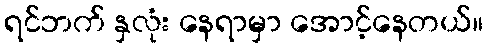
ရင်ဘက် နှလုံး နေရာမှာ အောင့်နေတယ်။